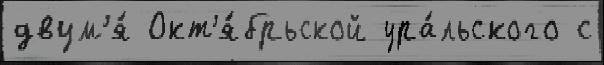
двум'я́ Окт'я́брьской ура́льского с